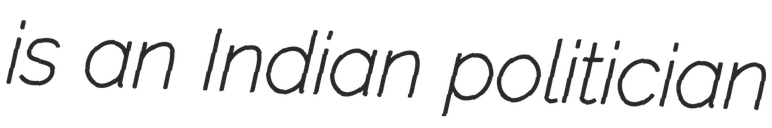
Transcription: is an Indian politician